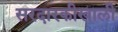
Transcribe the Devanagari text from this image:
सरदारकीखाली